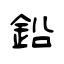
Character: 鉛